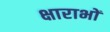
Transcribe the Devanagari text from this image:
क्षाराभों